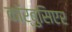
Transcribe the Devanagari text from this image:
कॉर्बुसिएर